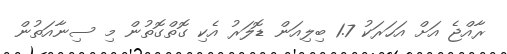
ރާއްޖެ އަށް އަހަރަކު 1.7 ބިލިއަން ޑޮލަރު އެކި ގޮތްގޮތުން މި ސިނާއަތުން